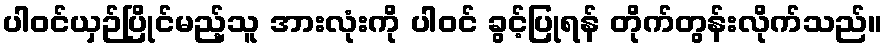
ပါဝင်ယှဉ်ပြိုင်မည့်သူ အားလုံးကို ပါဝင် ခွင့်ပြုရန် တိုက်တွန်းလိုက်သည်။